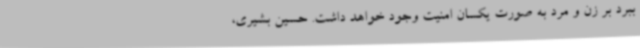
ببرد بر زن و مرد به صورت یکسان امنیت وجود خواهد داشت. حسین بشیری،